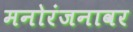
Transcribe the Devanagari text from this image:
मनोरंजनावर